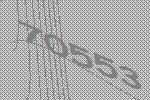
70553